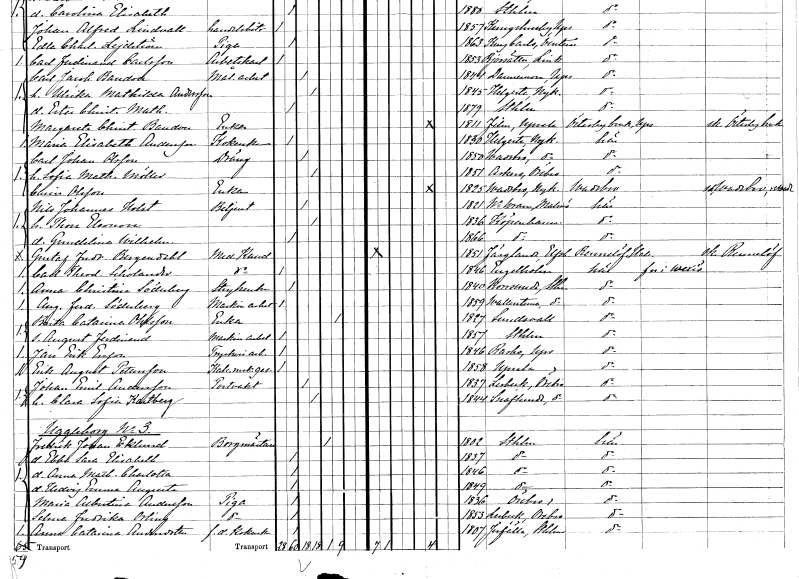
gt_parse: households: individuals: FN: Carl Johan
EN: Olsson
YRKE: Dräng
KON: M
CIV: G
FODAR: 1850
FODFORS: Vadsbro Södermanlands län
FN: Sofia Mathilda
EN: Möller
KON: K
CIV: G
FODAR: 1851
FODFORS: Asker Örebro län
FN: Carin
EN: Olsson
YRKE: Änka
KON: K
CIV: E
FODAR: 1825
FODFORS: Vadsbro Södermanlands län
FN: Nils Johannes
EN: Holst
YRKE: Betjänt
KON: M
CIV: G
FODAR: 1821
FODFORS: Västra Vram Kristianstads län
FN: Thora Eleonora
KON: K
CIV: G
FODAR: 1836
FN: Gundelina Wilhelmina
KON: K
CIV: O
FODAR: 1866
FN: Gustaf Fredrik
EN: Bergendahl
YRKE: Medicine kandidat
KON: M
CIV: O
FODAR: 1851
FODFORS: Färgelanda Älvsborgs län
FN: Carl Theodor
EN: Scholander
YRKE: Medicine kandidat
KON: M
CIV: O
FODAR: 1846
FODFORS: Ängelholm Kristianstads län
FN: Anna Christina
EN: Söderberg
YRKE: Strykerska
KON: K
CIV: O
FODAR: 1840
FODFORS: Norrsunda Stockholms län
FN: August Ferdinand
EN: Söderberg
YRKE: Maskinarbetare
KON: M
CIV: O
FODAR: 1859
FODFORS: Vallentuna Stockholms län
FN: Brita Catarina
EN: Ohlsson
YRKE: Änka
KON: K
CIV: E
FODAR: 1827
FODFORS: Sundsvall Västernorrlands län
FN: August Ferdinand
YRKE: Maskinarbetare
KON: M
CIV: O
FODAR: 1857
FODFORS: Stockholm
FN: Jan Erik
EN: Ersson
YRKE: Tryckeriarbetare
KON: M
CIV: O
FODAR: 1846
FODFORS: Rasbo Uppsala län
FN: Erik August
EN: Pettersson
YRKE: Kakelugnsmakaregesäll
KON: M
CIV: O
FODAR: 1858
FODFORS: Uppsala Uppsala län
FN: Johan Emil
EN: Andersson
YRKE: Portvakt
KON: M
CIV: G
FODAR: 1837
FODFORS: Lerbäck Örebro län
FN: Clara Sofia
EN: Kartberg
KON: K
CIV: G
FODAR: 1844
FODFORS: Snavlunda Örebro län
FN: Fredrik Johan
EN: Eklund
YRKE: Borgmästare
KON: M
CIV: E
FODAR: 1802
FODFORS: Stockholm
FN: Ebba Sara Elisabeth
KON: K
CIV: O
FODAR: 1837
FODFORS: Stockholm
FN: Anna Mathilda Charlotta
KON: K
CIV: O
FODAR: 1846
FODFORS: Stockholm
FN: Hedvig Emma Augusta
KON: K
CIV: O
FODAR: 1849
FODFORS: Stockholm
FN: Maria Albertina
EN: Andersson
YRKE: Piga
KON: K
CIV: O
FODAR: 1836
FODFORS: Örebro Örebro län
FN: Selma Fredrika
EN: Orling
YRKE: Piga
KON: K
CIV: O
FODAR: 1853
FODFORS: Lerbäck Örebro län
FN: Anna Catarina
EN: Andersdotter
YRKE: Kokerska f.d.
KON: K
CIV: O
FODAR: 1807
FODFORS: Järfälla Stockholms län